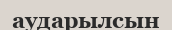
аударылсын